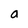
Character: a